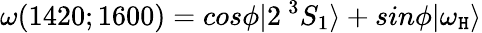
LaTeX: \omega(1420;1600)=cos\phi|2\: ^{3}S_{1}\rangle+sin\phi|\omega_{\mathtt{H}}\rangle